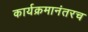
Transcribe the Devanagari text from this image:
कार्यक्रमानंतरच